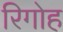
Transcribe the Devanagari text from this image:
रिगोह